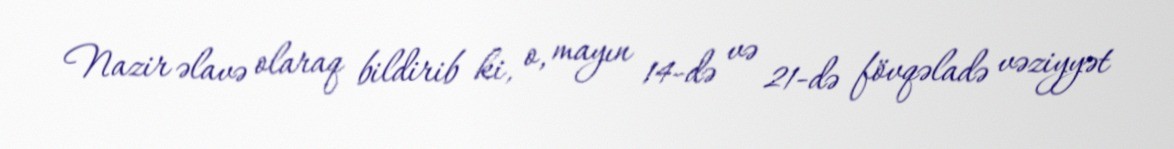
Nazir əlavə olaraq bildirib ki, o, mayın 14-də və 21-də fövqəladə vəziyyət